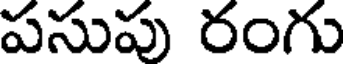
పసుపు రంగు